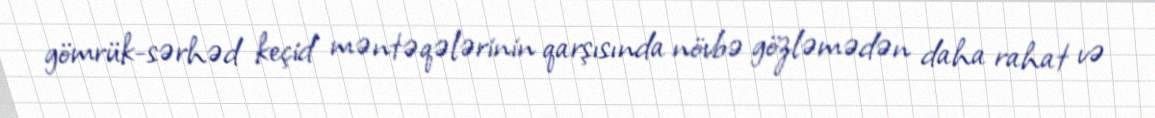
gömrük-sərhəd keçid məntəqələrinin qarşısında növbə gözləmədən daha rahat və